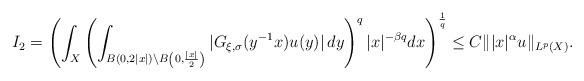
LaTeX: \begin{align*} I_{2}=\left(\int_{ X}\left(\int_{B\left(0,2|x|\right)\setminus B\left(0,\frac{|x|}{2}\right)} |G_{\xi, \sigma}(y^{-1}x)u(y)|\,dy\right)^{q}|x|^{-\beta q}dx \right)^{\frac{1}{q}} \leq C\||x|^{\alpha}u\|_{L^{p}(X)}.\end{align*}